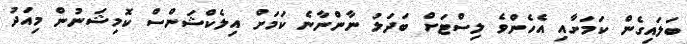
ބަލައިގެން ކަމަށާއި އެހެންވެ ލިސްޓަށް ބަދަލު ނާންނާނެ ކަމަށް އިލެކްޝަންސް ކޮމިޝަނުން މިއަދު